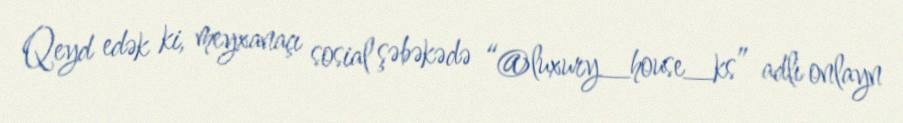
Qeyd edək ki, meyxanaçı sosial şəbəkədə “@luxury_house_ks” adlı onlayn